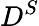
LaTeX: D^{S}